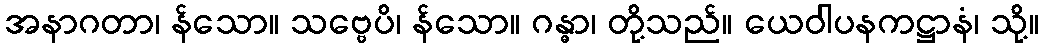
အနာဂတာ၊ န်သော။ သဗ္ဗေပိ၊ န်သော။ ဂန္ဓာ၊ တို့သည်။ ယေဝါပနကဋ္ဌာနံ၊ သို့။